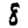
Digit: 8